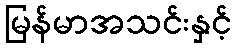
မြန်မာအသင်းနှင့်